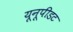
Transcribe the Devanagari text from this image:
यूनूपीडट